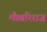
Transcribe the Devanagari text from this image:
मौखरिराज